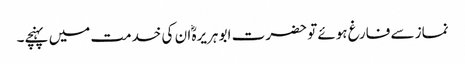
نماز سے فارغ ہوئے تو حضرت ابو ہریرہؓ ان کی خدمت میں پہنچے۔